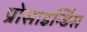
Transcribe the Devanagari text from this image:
प्रोसाइन्डिंस